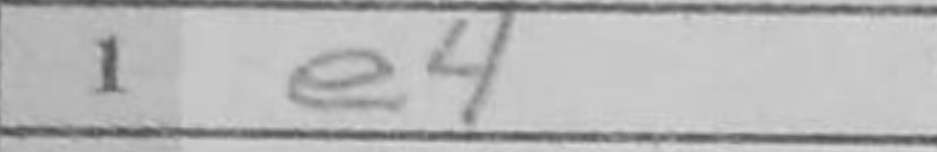
Transcription: e4